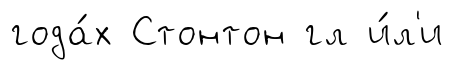
года́х Стонтон гл и́л'и